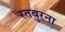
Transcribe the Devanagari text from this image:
रतबुरना